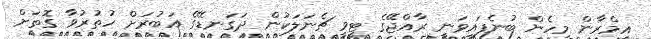
އިމްރާން މިހެން ބުނެފައިވަނީ ރާއްޖޭގެ ޓީވީ ޗެނަލަކުން ދަގަނޑޭގެ އަބުރަށް ހުތުރުވާ ގޮތަށް